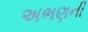
અભણની